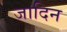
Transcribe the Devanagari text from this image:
जादिन